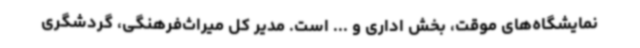
نمایشگاه‌های موقت، بخش اداری و ... است. مدیر کل میراث‌فرهنگی، گردشگری